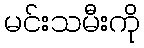
မင်းသမီးကို